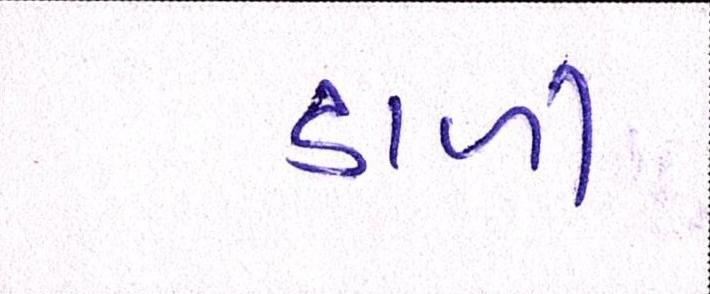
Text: ડાળી